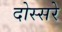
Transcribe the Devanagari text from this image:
दोस्सरे